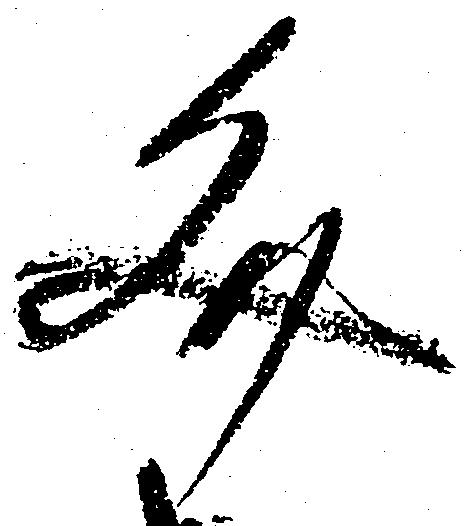
文